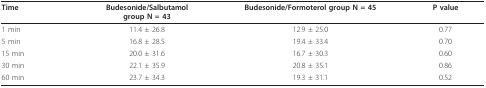
| Time | Budesonide/Salbutamolgroup N = 43 | Budesonide/Formoterol group N = 45 | P value |
 | --- | --- | --- | --- |
 | 1 min | 11.4 ± 26.8 | 12.9 ± 25.0 | 0.77 |
 | 5 min | 16.8 ± 28.5 | 19.4 ± 33.4 | 0.70 |
 | 15 min | 20.0 ± 31.6 | 16.7 ± 30.3 | 0.60 |
 | 30 min | 22.1 ± 35.9 | 20.8 ± 35.1 | 0.86 |
 | 60 min | 23.7 ± 34.3 | 19.3 ± 31.1 | 0.52 |